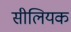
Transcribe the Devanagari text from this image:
सीलियक